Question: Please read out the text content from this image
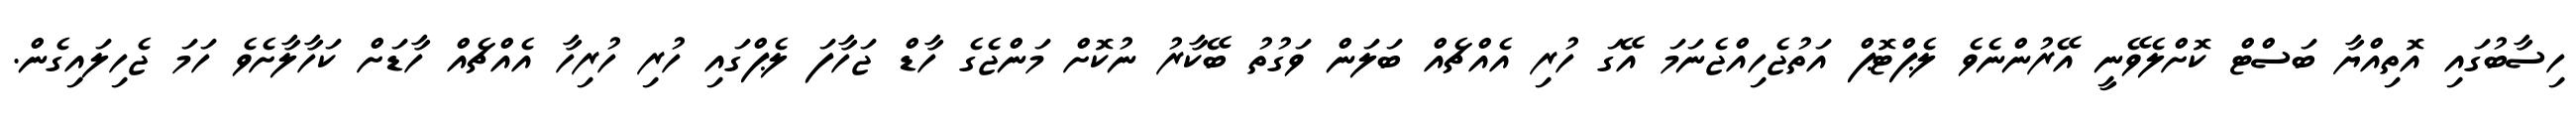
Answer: ހިސާބުގައި އޮތިއްޔާ ބަސްޓް ކޮށްލެވޭނީ އޭރުންނެވެ ލެޕްޓޮޕް އަތުޖެހިއްޖެނަމަ އޭގަ ހުރި އެއްޗެއް ބަލަން ވަގުތު ބޭކާރު ނުކޮށް މަންޖެގެ ހާޑް ޖަހާފަ ލެޕްގައި ހުރި ހުރިހާ އެއްޗެއް ހާޑަށް ކަހާލާށެވެ ހަމަ ޖެހިލައިގެން.